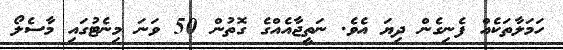
ހަމަލާތަކެއް ފެނިގެން ދިޔަ އެވެ. ނަތީޖާއެއްގެ ގޮތުން 50 ވަނަ މިނެޓުގައި މާސެލޯ